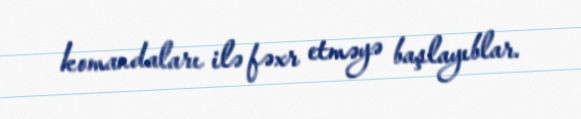
komandaları ilə fəxr etməyə başlayıblar.